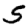
Digit: 5